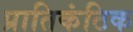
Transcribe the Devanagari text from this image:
प्रातिकंठिक